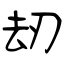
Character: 刼